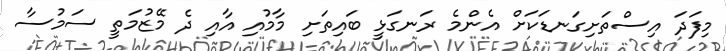
މިފަދަ އިސްތަށިގަނޑަކަށް އެންމެ ރަނގަޅީ ބައިތަށި މާމުއި އާއި ދެ މޭޒުމަތީ ސަމުސާ